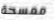
ممسحة